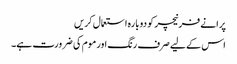
پرانے فرنیچر کو دوبارہ استعمال کریں
اس کے لیے صرف رنگ اور موم کی ضرورت ہے۔